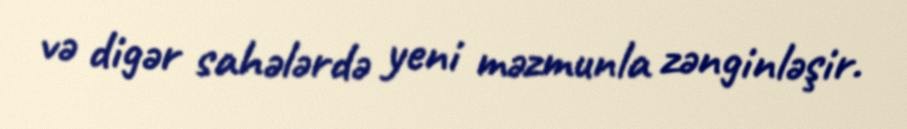
və digər sahələrdə yeni məzmunla zənginləşir.